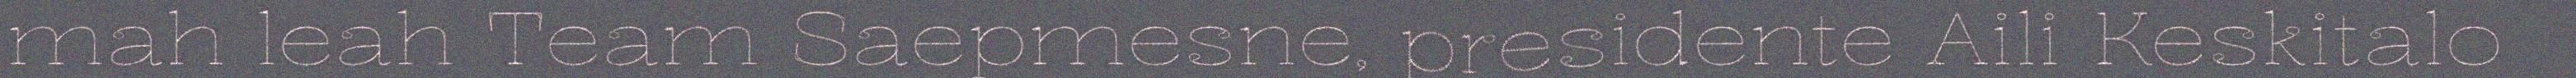
mah leah Team Saepmesne, presidente Aili Keskitalo